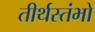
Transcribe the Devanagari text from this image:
तीर्थस्तंभों